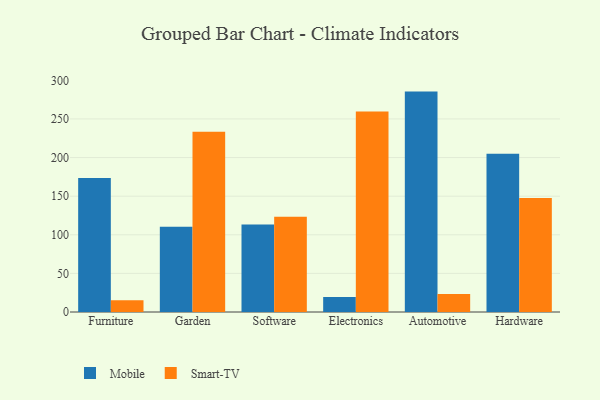
{"axis": {"x": "Category", "y": "Market Share (%)"}, "legend": ["Mobile", "Smart-TV"], "data": [{"x": "Furniture", "y": 173.4, "type": "Mobile"}, {"x": "Furniture", "y": 15.1, "type": "Smart-TV"}, {"x": "Garden", "y": 110.3, "type": "Mobile"}, {"x": "Garden", "y": 233.5, "type": "Smart-TV"}, {"x": "Software", "y": 113.2, "type": "Mobile"}, {"x": "Software", "y": 123.4, "type": "Smart-TV"}, {"x": "Electronics", "y": 19.4, "type": "Mobile"}, {"x": "Electronics", "y": 259.5, "type": "Smart-TV"}, {"x": "Automotive", "y": 285.4, "type": "Mobile"}, {"x": "Automotive", "y": 23.4, "type": "Smart-TV"}, {"x": "Hardware", "y": 204.9, "type": "Mobile"}, {"x": "Hardware", "y": 147.7, "type": "Smart-TV"}]}